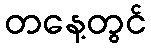
တနေ့တွင်